Code of medical and sanitary regulations for the guidance of medical officers serving in the Madras Presidency - Volume II
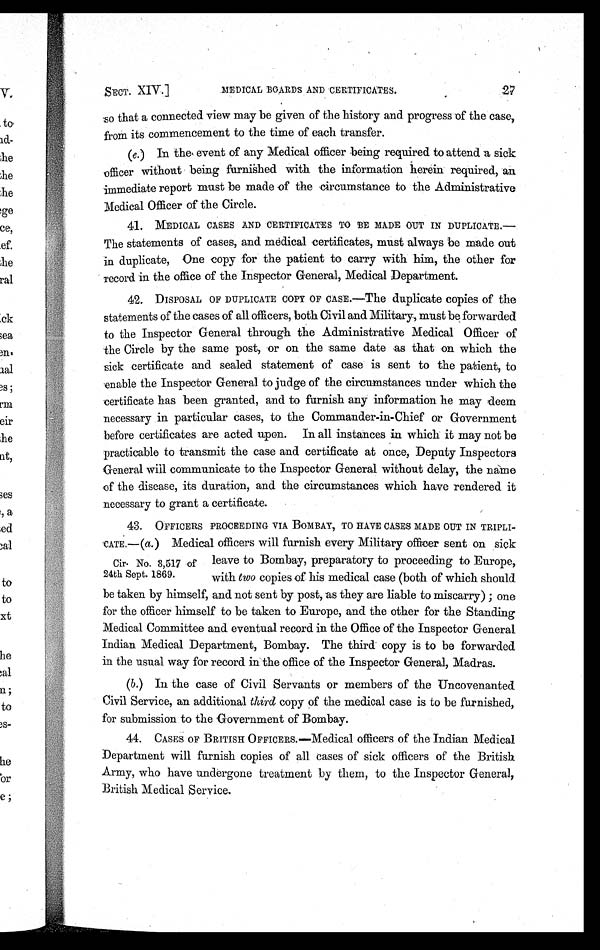
SECT. XIV.]
MEDICAL BOARDS AND CERTIFICATES.
27
so that a connected view may be given of the history and progress of the case,
from its commencement to the time of each transfer.
(e .) In the event of any Medical officer being required to attend a sick
officer without being furnished with the information herein required, an
immediate report must be made of the circumstance to the Administrative
Medical Officer of the Circle.
41. MEDICAL CASES AND CERTIFICATES TO BE MADE OUT IN DUPLICATE.—
The statements of cases, and medical certificates, must always be made out
in duplicate, One copy for the patient to carry with him, the other for
record in the office of the Inspector General, Medical Department.
42. DISPOSAL OF DUPLICATE COPY OF CASE.—The duplicate copies of the
statements of the cases of all officers, both Civil and Military, must be forwarded
to the Inspector General through the Administrative Medical Officer of
the Circle by the same post, or on the same date as that on which the
sick certificate and sealed statement of case is sent to the patient, to
enable the Inspector General to judge of the circumstances under which the
certificate has been granted, and to furnish any information he may deem
necessary in particular cases, to the Commander-in-Chief or Government
before certificates are acted upon. In all instances which it may not be
practicable to transmit the case and certificate at once, Deputy Inspectors
General will communicate to the Inspector General without delay, the name
of the disease, its duration, and the circumstances which have rendered it
necessary to grant a certificate.
Cir. No. 3,517 of
24th Sept. 1869.
43. OFFICERS PROCEEDING VIA BOMBAY, TO HAVE CASES MADE OUT IN TRIPLI-
CATE.—(a. ) Medical officers will furnish every Military officer sent on sick
leave to Bombay, preparatory to proceeding to Europe,
with two copies of his medical case (both of which should
be taken by himself, and not sent by post, as they are liable to miscarry) ; one
for the officer himself to be taken to Europe, and the other for the Standing
Medical Committee and eventual record in the Office of the Inspector General
Indian Medical Department, Bombay. The third copy is to be forwarded
in the usual way for record in the office of the Inspector General, Madras.
(b. ) In the case of Civil Servants or members of the Uncovenanted.
Civil Service, an additional third copy of the medical case is to be furnished,
for submission to the Government of Bombay.
44. CASES OF BRITISH OFFICERS.—Medical officers of the Indian Medical
Department will furnish copies of all cases of sick officers of the British
Army, who have undergone treatment by them, to the Inspector General,
British Medical Service.